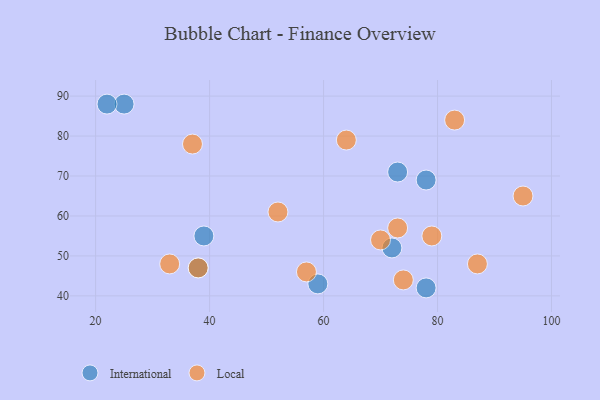
{"axis": {"x": "GDP", "y": "Life Expectancy"}, "legend": ["International", "Local"], "data": [{"x": "72", "y": 52, "type": "International"}, {"x": "39", "y": 55, "type": "International"}, {"x": "78", "y": 42, "type": "International"}, {"x": "25", "y": 88, "type": "International"}, {"x": "38", "y": 47, "type": "International"}, {"x": "22", "y": 88, "type": "International"}, {"x": "59", "y": 43, "type": "International"}, {"x": "78", "y": 69, "type": "International"}, {"x": "73", "y": 71, "type": "International"}, {"x": "64", "y": 79, "type": "Local"}, {"x": "83", "y": 84, "type": "Local"}, {"x": "79", "y": 55, "type": "Local"}, {"x": "52", "y": 61, "type": "Local"}, {"x": "57", "y": 46, "type": "Local"}, {"x": "74", "y": 44, "type": "Local"}, {"x": "87", "y": 48, "type": "Local"}, {"x": "95", "y": 65, "type": "Local"}, {"x": "37", "y": 78, "type": "Local"}, {"x": "70", "y": 54, "type": "Local"}, {"x": "73", "y": 57, "type": "Local"}, {"x": "38", "y": 47, "type": "Local"}, {"x": "33", "y": 48, "type": "Local"}]}